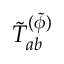
\tilde { T } _ { a b } ^ { ( \tilde { \phi } ) }